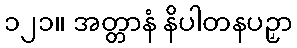
၁၂၁။ အတ္တာနံ နိပါတနပဉှာ